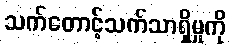
သက်တောင့်သက်သာရှိမှုကို